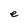
Character: e